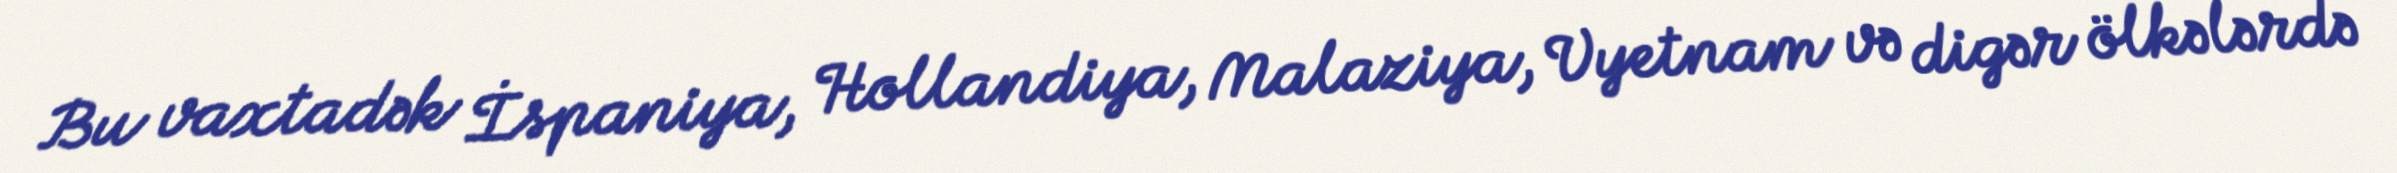
Bu vaxtadək İspaniya, Hollandiya, Malaziya, Vyetnam və digər ölkələrdə